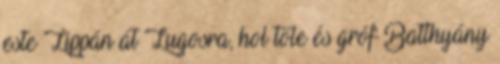
este Lippán át Lugosra, hol tőle és gróf Batthyány